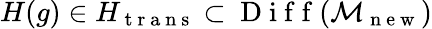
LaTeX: H(g)\in H_{\mathrm{~t~r~a~n~s~}}\subset\mathrm{~D~i~f~f~}(\mathcal{M}_{\mathrm{~n~e~w~}})